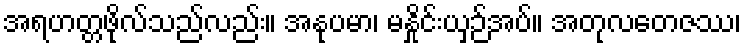
အရဟတ္တဖိုလ်သည်လည်း။ အနုပမာ၊ မနှိုင်းယှဉ်အပ်။ အတုလတေဇဿ၊